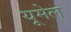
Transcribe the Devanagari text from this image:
यूमेल